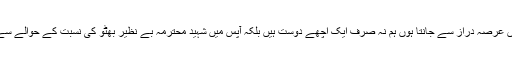
زمرد خان کو میں عرصہ دراز سے جانتا ہوں ہم نہ صرف ایک اچھے دوست ہیں بلکہ آپس میں شہید محترمہ بے نظیر بھٹو کی نسبت کے حوالے سے پیر بھائی ہیں ۔